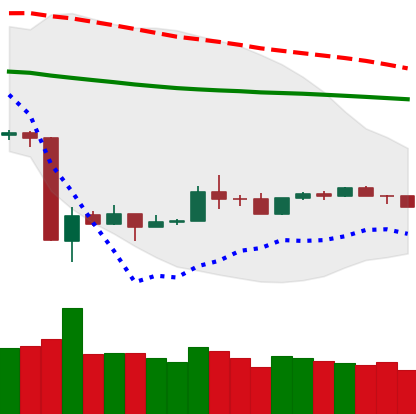
Ticker: TRX-USD
Chart end date: 2020-03-29
Forward return: 10.755%
Label: up_7plus